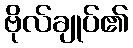
ဗိုလ်ချုပ်၏